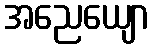
အညေယျော